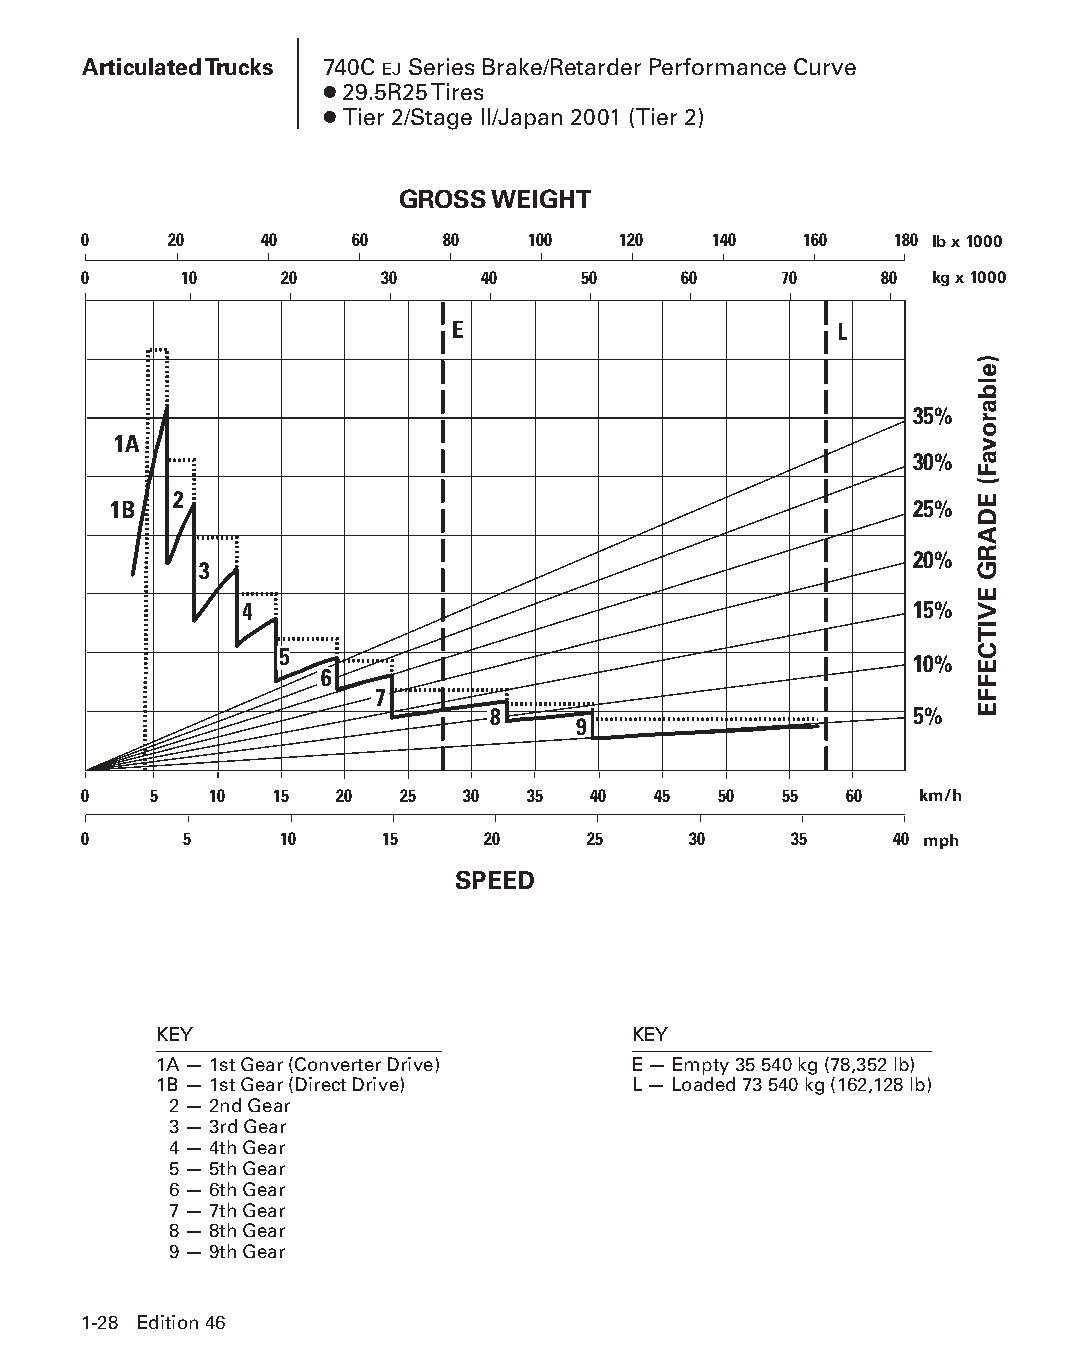
Articulated Trucks 740C EJ Series Brake/Retarder Performance Curve
 ● 29.5R25 Tires
 ● Tier 2/Stage II/Japan 2001 (Tier 2)
 GROSS WEIGHT
 0    20     40    60    80   100   120   140    160   180 lb x 1000
 0     10     20     30    40     50    60     70     80 kg x 1000
 E                         L
 35%
 1A
 30%
 2
 1B                                                   25%
 20%
 3
 4                                            15%
 5
 10%
 6
 7
 8                           5%
 9
 0   5   10  15   20  25  30  35   40  45  50  55  60   km/h
 0     5      10     15    20     25     30     35     40 mph
 SPEED
 KEY                            KEY
 1A — 1st Gear (Converter Drive) E — Empty 35 540 kg (78,352 lb)
 1B — 1st Gear (Direct Drive)   L — Loaded 73 540 kg (162,128 lb)
 2 — 2nd Gear
 3 — 3rd Gear
 4 — 4th Gear
 5 — 5th Gear
 6 — 6th Gear
 7 — 7th Gear
 8 — 8th Gear
 9 — 9th Gear
 1-28 Edition 46
 PPHHBB--SSeecc0011--1166..iinndddd 2288                        1122//44//1155 1100::2244 AAMM
 )elbarovaF(
 EDARG
 EVITCEFFE